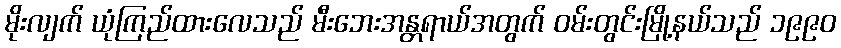
မိုးလျက် ယုံကြည်ထားလေသည် မီးဘေးအန္တရာယ်အတွက် ဝမ်းတွင်းမြို့နယ်သည် ၁၉၉၀